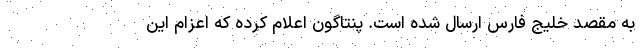
به مقصد خلیج فارس ارسال شده است. پنتاگون اعلام کرده که اعزام این